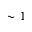
\sim 1